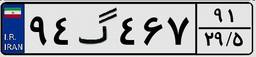
۰۵گ۴۶۰۳۰